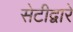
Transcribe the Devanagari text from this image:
सेटीद्वारे